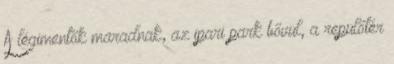
A légimentők maradnak,­­ az ipari park bővül, a repülőtér